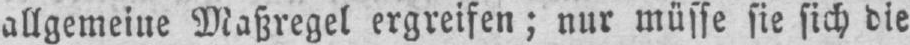
allgemeine Maßregel ergreifen; nur müsse sie sich die